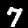
Digit: 7